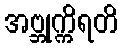
အဗ္ဘုက္ကိရတိ